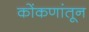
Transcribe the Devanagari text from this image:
कोंकणांतून